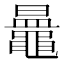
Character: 𪓲